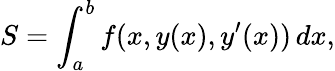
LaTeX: S=\int_{a}^{b}f(x,y(x),y^{\prime}(x))\, dx,